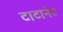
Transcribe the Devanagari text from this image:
टाटानेट